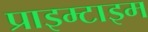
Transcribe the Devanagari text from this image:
प्राइम्टाइम